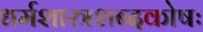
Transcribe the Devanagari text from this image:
धर्मशास्त्रशब्दकोषः